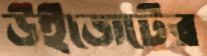
উইজেটের